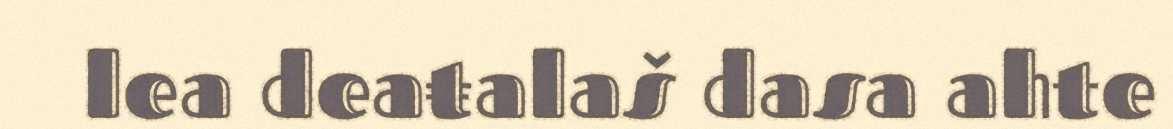
lea deaŧalaš dasa ahte